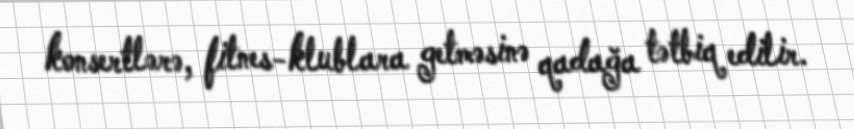
konsertlərə, fitnes-klublara getməsinə qadağa tətbiq edilir.